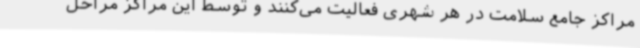
مراکز جامع سلامت در هر شهری فعالیت می‌کنند و توسط این مراکز مراحل